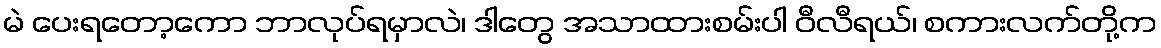
မဲ ပေးရတော့ကော ဘာလုပ်ရမှာလဲ၊ ဒါတွေ အသာထားစမ်းပါ ဝီလီရယ်၊ စကားလက်တို့က